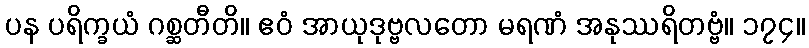
ပန ပရိက္ခယံ ဂစ္ဆတီတိ။ ဧဝံ အာယုဒုဗ္ဗလတော မရဏံ အနုဿရိတဗ္ဗံ။ ၁၇၄။